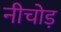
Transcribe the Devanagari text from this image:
नीचोड़